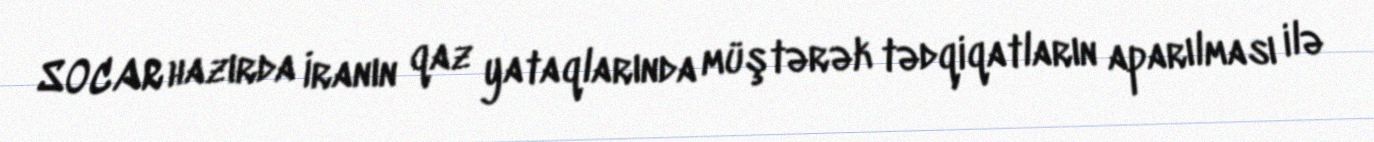
SOCAR hazırda İranın qaz yataqlarında müştərək tədqiqatların aparılması ilə